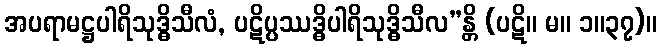
အပရာမဋ္ဌပါရိသုဒ္ဓိသီလံ, ပဋိပ္ပဿဒ္ဓိပါရိသုဒ္ဓိသီလ”န္တိ (ပဋိ။ မ။ ၁။၃၇)။